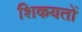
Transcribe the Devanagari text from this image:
शिकयतों